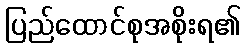
ပြည်ထောင်စုအစိုးရ၏